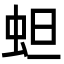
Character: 䖧